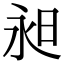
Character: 昶